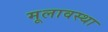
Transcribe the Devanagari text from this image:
मूलावस्था